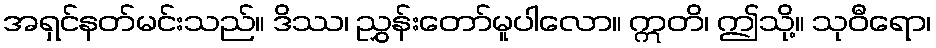
အရှင်နတ်မင်းသည်။ ဒိဿ၊ ညွှန်းတော်မူပါလော။ ဣတိ၊ ဤသို့။ သုဝီရော၊